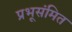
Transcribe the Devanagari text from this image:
प्रभूसंमित